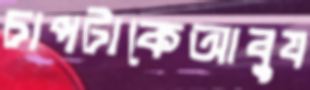
চাপটাকেআবুয